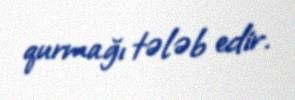
qurmağı tələb edir.